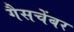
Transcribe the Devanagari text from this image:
गैसचेंबर